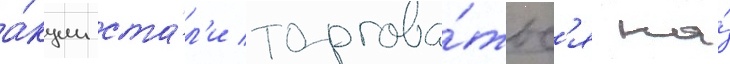
а́кции ста́л'и торгова́тьс'я на́